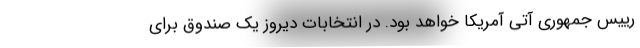
رییس جمهوری آتی آمریکا خواهد بود. در انتخابات دیروز یک صندوق برای